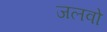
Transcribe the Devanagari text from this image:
जलवो